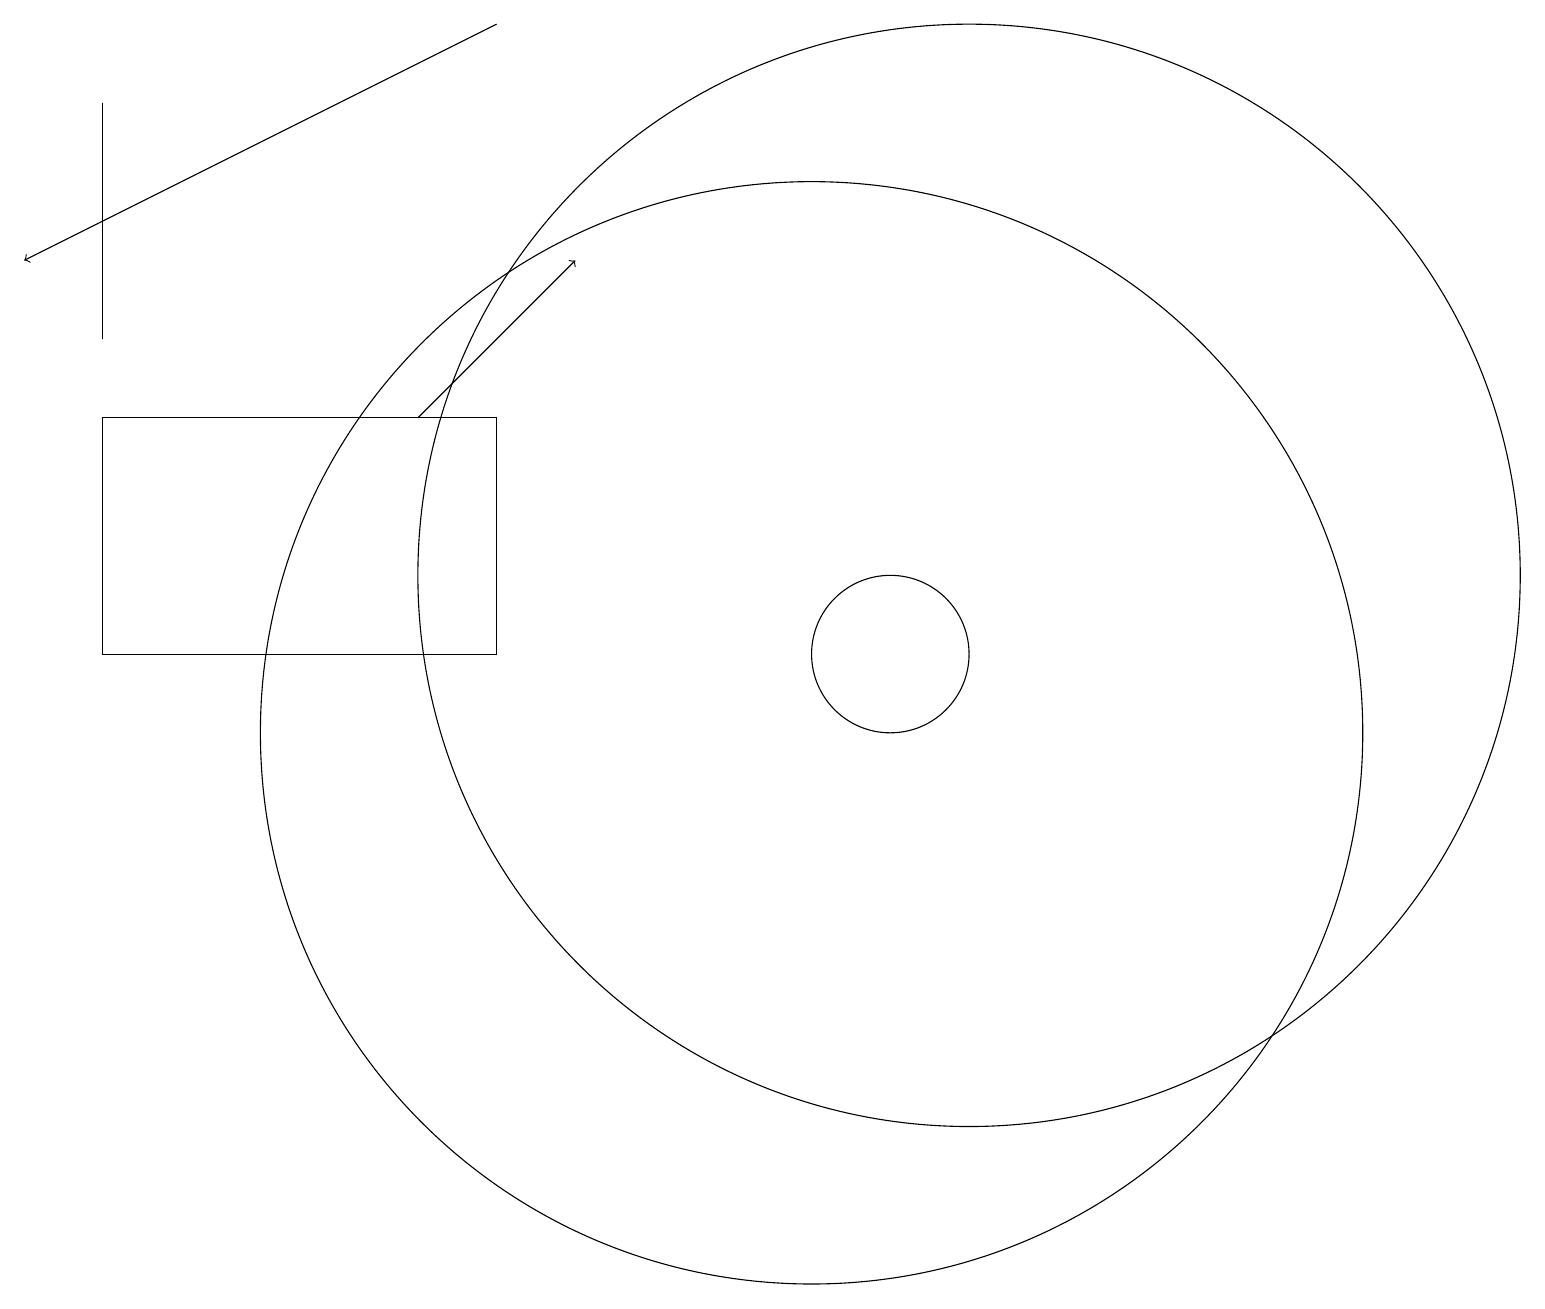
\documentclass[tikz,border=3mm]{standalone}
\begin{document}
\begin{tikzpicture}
\draw[->] (6,19) -- (0,16);
\draw[->] (5,14) -- (7,16);
\draw (1,15) rectangle (1,18);
\draw (1,14) rectangle (6,11);
\draw (12,12) circle (7);
\draw (10,10) circle (7);
\draw (11,11) circle (1);
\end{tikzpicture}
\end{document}